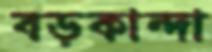
বড়কান্দা